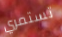
تستمري